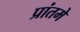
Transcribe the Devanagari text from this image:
प्रांतमे